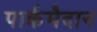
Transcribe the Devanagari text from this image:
पार्कमैदान